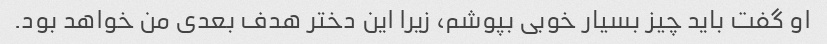
او گفت باید چیز بسیار خوبی بپوشم، زیرا این دختر هدف بعدی من خواهد بود.